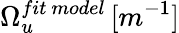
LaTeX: \Omega_{u}^{fit\ model}\, [m^{-1}]